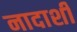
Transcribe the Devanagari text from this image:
नादाशी